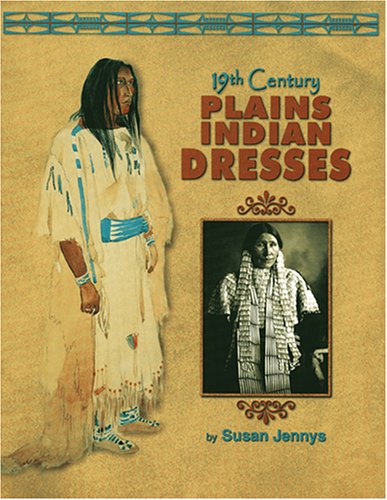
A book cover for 19th Century Plains Indian Dresses; Susan Jennys; Crafts, Hobbies & Home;